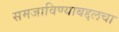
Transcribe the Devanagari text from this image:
समजाविण्याबद्दलचा